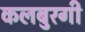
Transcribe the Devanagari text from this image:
कलबुरगी